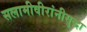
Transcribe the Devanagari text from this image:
सलामीवीरांनीसुद्धा